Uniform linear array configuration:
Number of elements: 8
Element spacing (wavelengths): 0.25
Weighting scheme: exponential
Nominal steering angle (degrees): -60
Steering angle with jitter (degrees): -58.671
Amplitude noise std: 0.05
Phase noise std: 0.05

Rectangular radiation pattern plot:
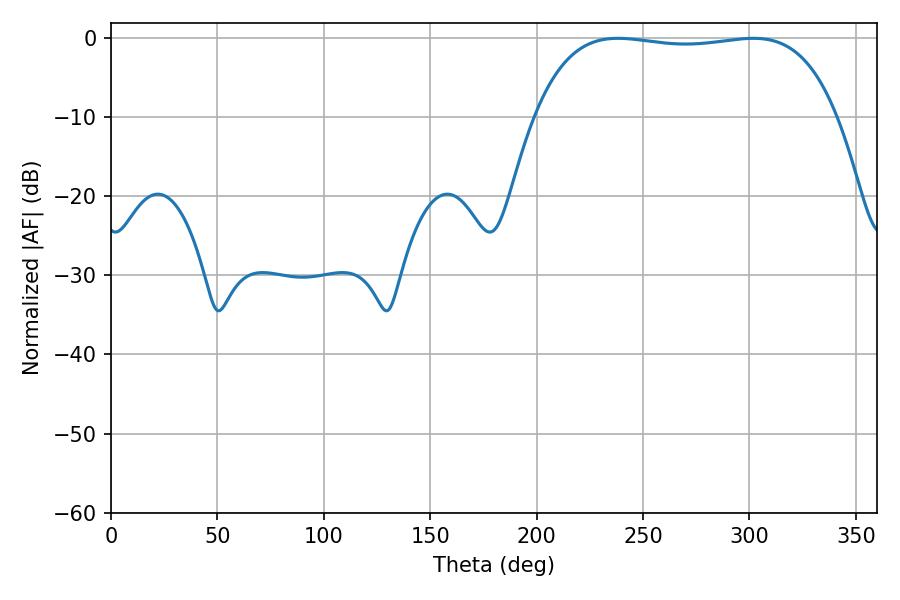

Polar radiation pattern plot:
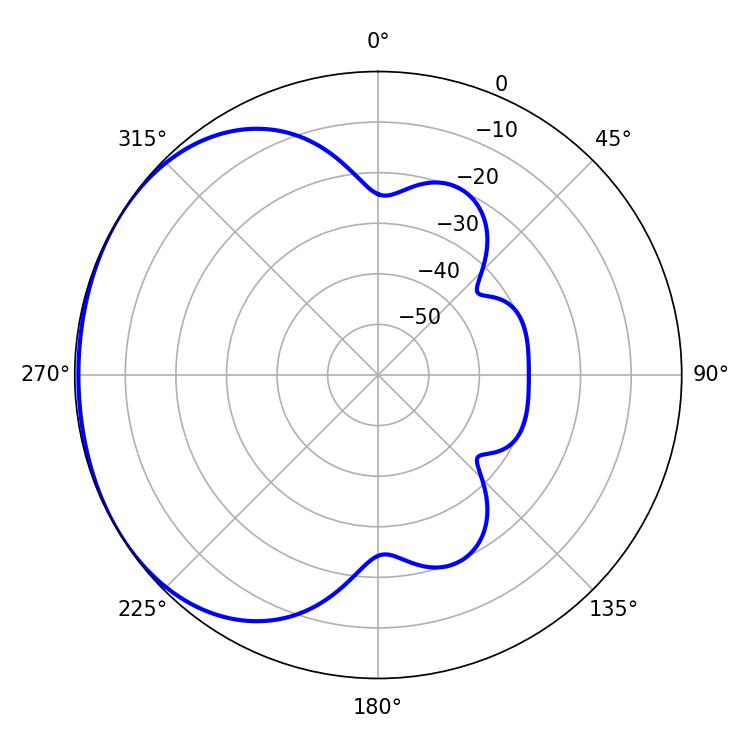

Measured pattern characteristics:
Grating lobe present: FALSE
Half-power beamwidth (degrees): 113.04
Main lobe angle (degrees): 238.14